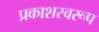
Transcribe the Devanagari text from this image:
प्रकाशस्वरूप